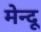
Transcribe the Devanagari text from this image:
मेन्दू